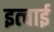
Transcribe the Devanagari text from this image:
इत्चाई